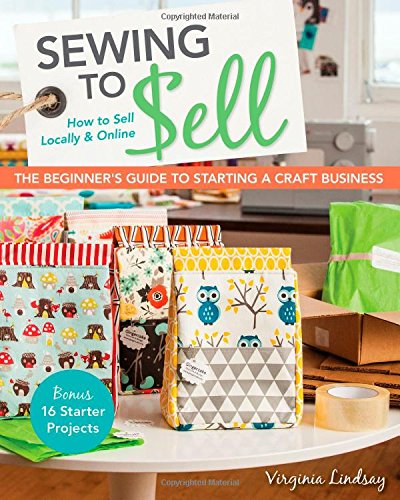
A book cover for Sewing to SellThe Beginner's Guide to Starting a Craft Business: Bonus16 Starter Projects  How to Sell Locally & Online; Virginia Lindsay; Crafts, Hobbies & Home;